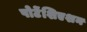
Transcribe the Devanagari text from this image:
पोटेंशिएशन